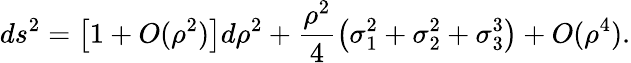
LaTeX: ds^{2}=\left[1+O(\rho^{2})\right]d\rho^{2}+\frac{\rho^{2}}{4}\left(\sigma_{1}^{2}+\sigma_{2}^{2}+\sigma_{3}^{3}\right)+O(\rho^{4}).